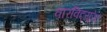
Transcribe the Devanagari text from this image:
वारविट्यूरेट